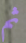
ثم